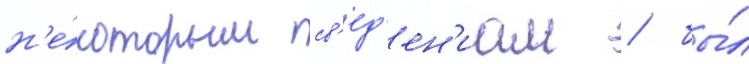
н'е́которым св'ед'ен'иам / бы́л